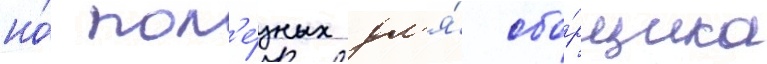
но́ пол'е́зных дл'я́ сбо́рщика